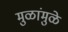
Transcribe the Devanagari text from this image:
मुळांमुळे